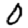
Digit: 0